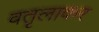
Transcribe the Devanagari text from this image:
वतृलाकर